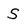
Character: S